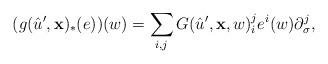
LaTeX: \begin{align*}(g(\hat u',{\bf x})_* (e))(w)= \sum_{i,j} G(\hat u',{\bf x},w)_i^j e^i(w) \partial_{\sigma}^j,\end{align*}